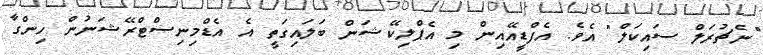
"ނެޗުރަލް ސައިކަލް" އެވެ. އެފްޑީއޭއިން މި އެޕްލިކޭޝަން ބަލައިގަތީ އެ އެޑްމިނިސްޓްރޭޝަނުން ހިންގާ